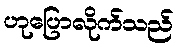
ဟုပြောလိုက်သည်